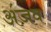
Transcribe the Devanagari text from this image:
अंजव